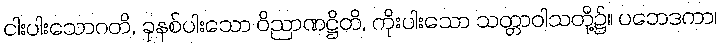
ငါးပါးသောဂတိ, ခုနစ်ပါးသော ဝိညာဏဋ္ဌိတိ, ကိုးပါးသော သတ္တာဝါသတို့၌။ ပဘေဒကာ၊